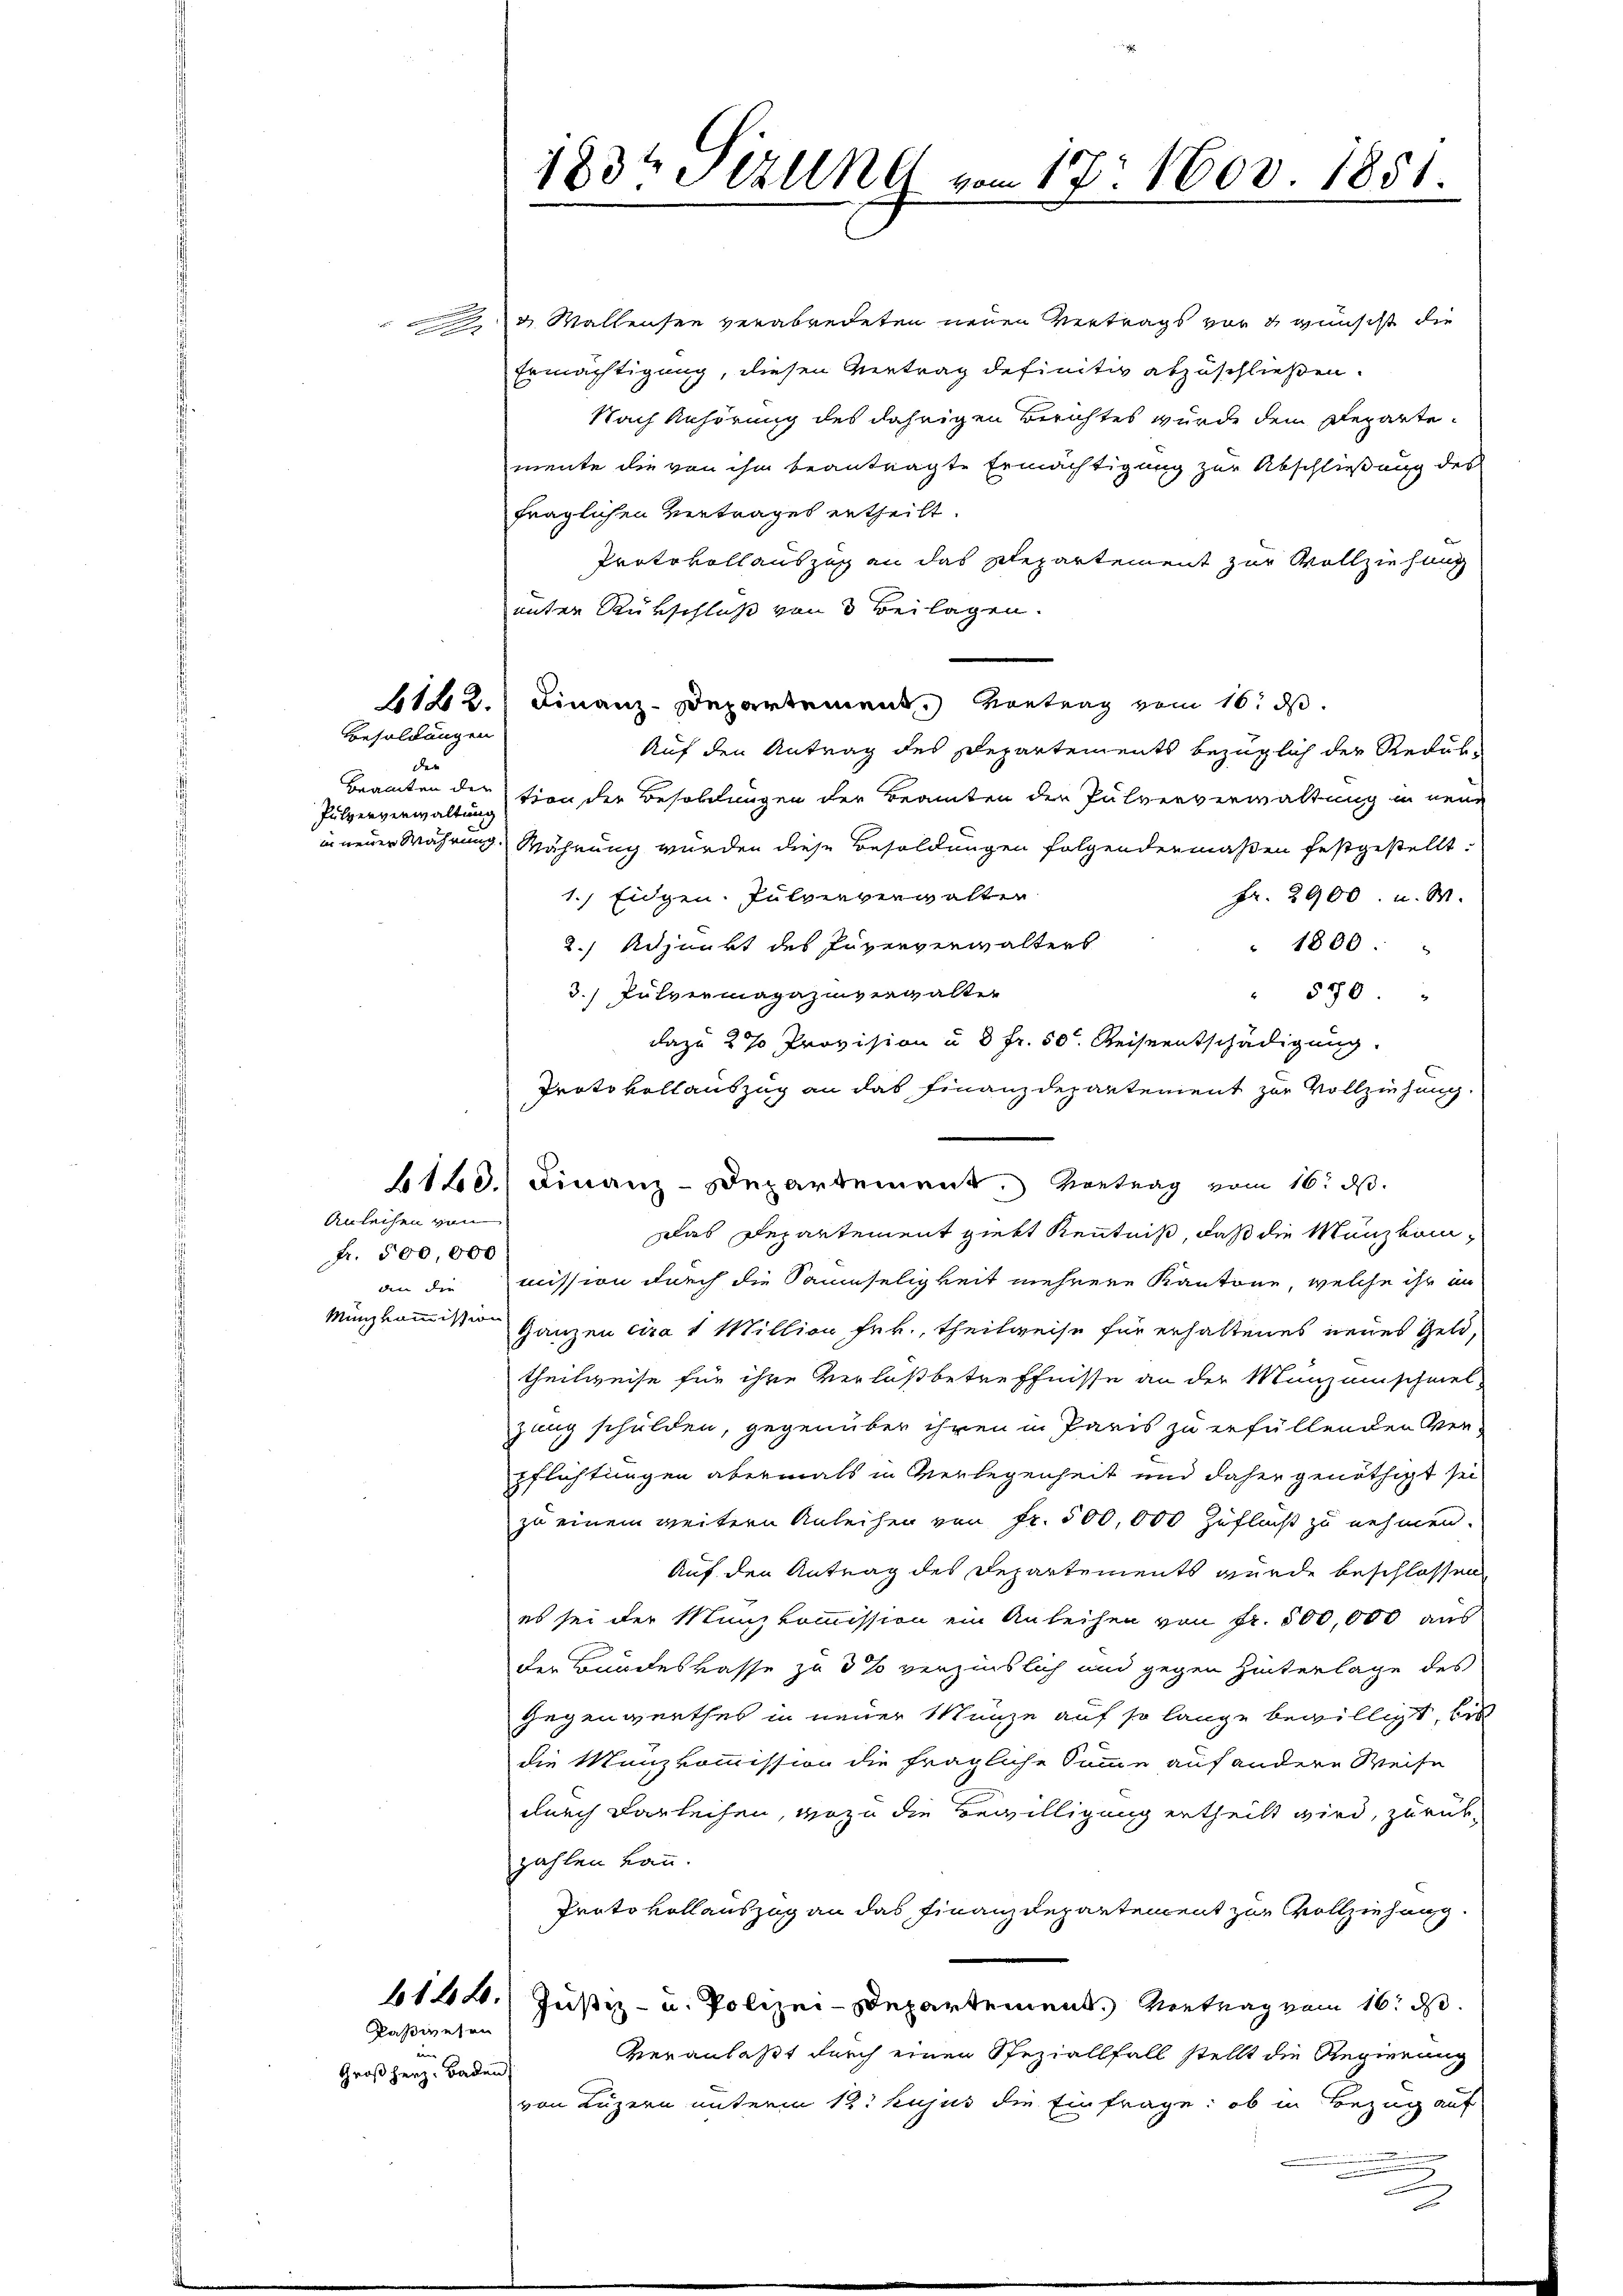
Besoldungen
der |
Pulververwaltung

fr. 500,000
den die |
Minkommission

Anleihen von

Kaßwesen
Großherz, Baden

183te Stellt vom 17. Nov. 1851.
J

3 Wallensee verabredeten neuen Vertrags vor & wünscht die
Ermächtigung, diesen Vertrag definitiv abzuschließen.
Nach Anhörung des jährigen Berichtes wurde dem Departemente die von ihm beantragte Ermächtigung zur Abschließung des
fraglichen Vertrages ertheilt.
Protokollauszug an das Repartement zur Vollziehung
unter Rückschluß von 3 Beilagen.
6122. Finanz-Departement. Vortrag vom 16. ds.
Auf den Antrag des Departements bezüglich der Reduk-
Beamten der tion der Besoldungen der Beamten der Pulververwaltung in neue
in neuer Währung. Währung würden diese Besoldungen folgendermaßen festgestellt.
1.) Eidgen. Pulververwalten
Fr. 2900. u. M.
2.) Adjunkt des Juververwalters
" 1800.
3.) Pulvermagazinverwalter
" 570.
dazu 2% Provision u. 3 fr. 50. Reiseentschädigung.
Protokollauszug an das Finanzdepartement zur Vollziehung.
6140.) Finanz-Departement. Vortrag vom 16. d.
Das Departement giebt Kenntniß, daß die Manzkommission durch die Saumseligkeit mehrere Kantone, welche ihr in
ganzen cira 1 Million Frk., theilweise für erhaltenes neues Geld,
theilweise für ihre Verlaßbetreffnisse an der Munzumischeiet
zung schulden, gegenüber ihren in Paris zu erfüllenden Ver-
pflichtungen abermals in Verlegenheit und daher genöthigt sei
zu einem weitern Anleihen von Fr. 500,000 Zuflucht zu nehmen.
Auf den Antrag des Departements wurde beschlossen
es sei der Munzkommission ein Anleihen von Fr. 500,000 aus
der Bundeskasse zu 3% verzinslich und gegen Hinterlage des
Gegenwerthes in neuer Manze auf so lange bewilligt, bis
die Manzkommission die fragliche Summe auf andere Weise
durch darleihen, wozu die Bewilligung ertheilt wird, zurükzahlen kann.
Protokollauszug an das Finanzdepartement zur Vollziehung.
614. Justiz- u. Polizei-Departement. Antrag vom 16. d.
Veranlaßt durch einen Speziallfall stellt die Regierung
von Luzern unterm 12. hujus die Einfrage: ob in Bezug auf
.